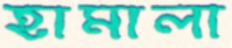
হামালা